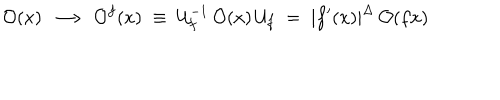
{ \cal O } ( x ) \; \longrightarrow \; { \cal O } ^ { f } ( x ) \; \equiv \; { \cal U } _ { f } ^ { - 1 } \, { \cal O } ( x ) \, { \cal U } _ { f } \; = \; | f ^ { \prime } ( x ) | ^ { \Delta } \, { \cal O } ( f x )